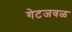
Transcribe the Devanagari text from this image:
गेटजवळ